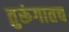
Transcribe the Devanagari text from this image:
तुरूंगातच